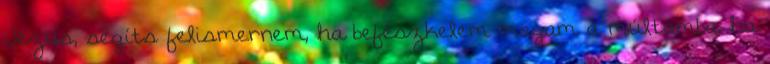
Jézus, segíts felismernem, ha befészkelem magam a múltamba, ha